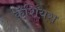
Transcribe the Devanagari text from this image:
कॅशियस